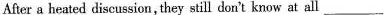
After a heated discussion, they still don't know at all ___